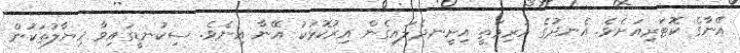
އޭނާގެ ކޮޓަރިއަށެވެ. އެނދުގެ އަރިމަތީ އިށީނދެލައިގެން އިރުކޮޅަކު އޭނާ އިނެވެ. ސިކުނޑީގައިވާ ޚިޔާލުތަކުން